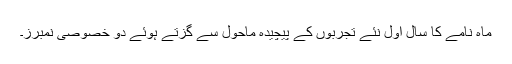
ماہ نامے کا سالِِ اوّل نئے تجربوں کے پیچیدہ ماحول سے گزتے ہوئے دو خصوصی نمبرز۔